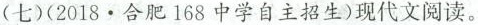
(七)(2018·合肥168中学自主招生)现代文阅读。